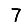
Digit: 7